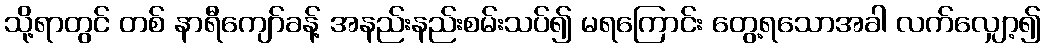
သို့ရာတွင် တစ် နာရီကျော်ခန့် အနည်းနည်းစမ်းသပ်၍ မရကြောင်း တွေ့ရသောအခါ လက်လျှော့၍